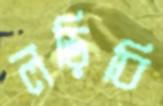
লড়িবি